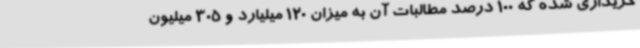
خریداری شده که 100 درصد مطالبات آن به میزان 120 میلیارد و 305 میلیون